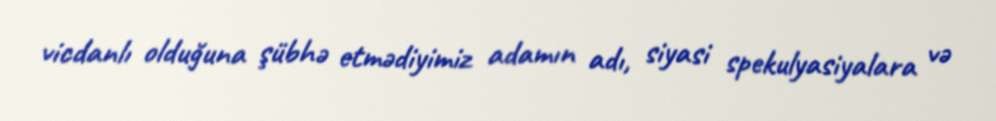
vicdanlı olduğuna şübhə etmədiyimiz adamın adı, siyasi spekulyasiyalara və